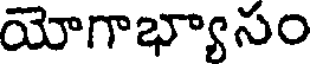
యోగాభ్యాసం